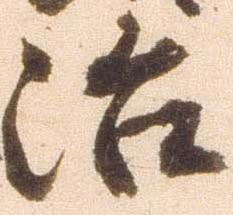
治